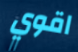
اقوي